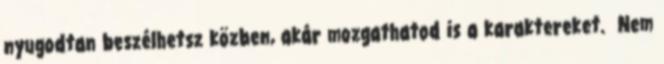
nyugodtan beszélhetsz közben, akár mozgathatod is a karaktereket. Nem